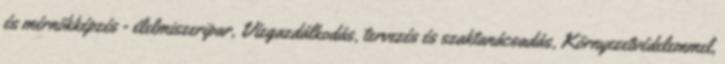
és mérnökképzés - élelmiszeripar, Vízgazdálkodás, tervezés és szaktanácsadás, Környezetvédelemmel,